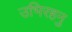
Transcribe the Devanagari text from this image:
उभिरहनु